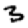
Digit: 3